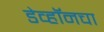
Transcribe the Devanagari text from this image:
डेव्हॉनचा